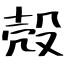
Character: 殻